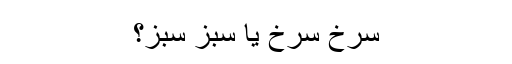
سرخ سرخ یا سبز سبز؟